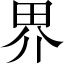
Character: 界